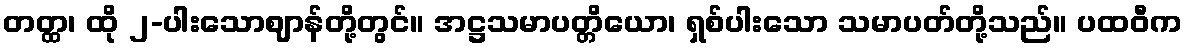
တတ္ထ၊ ထို ၂-ပါးသောဈာန်တို့တွင်။ အဋ္ဌသမာပတ္တိယော၊ ရှစ်ပါးသော သမာပတ်တို့သည်။ ပထဝီက